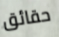
حقائق